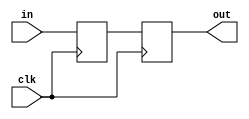
// Created by prof. Mingu Kang @VVIP Lab in UCSD ECE department
// Please do not spread this code without permission 
module multi_bit_sync(clk, in, out);

parameter bw = 16;

input [bw-1:0] in; 
input  clk;
output [bw-1:0] out;

reg [bw-1:0]    int1; 
reg [bw-1:0]    int2; 

assign out = int2;

always @ (posedge clk) begin
   int1 <= in;
   int2 <= int1;
end

endmodule